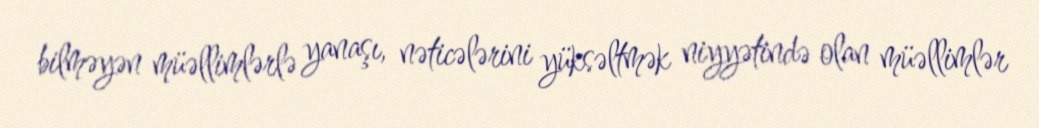
bilməyən müəllimlərlə yanaşı, nəticələrini yüksəltmək niyyətində olan müəllimlər